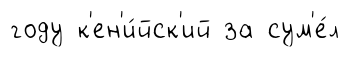
году к'ен'и́йск'ий за сум'е́л